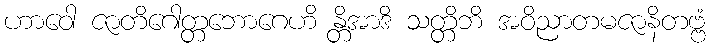
ဟာဝေါ ဇာတိဂေါတ္တဘောဂေဟိ န္တိအာဒိ သတ္တိဘိ အဝိညာတမဇာနိတဗ္ဗံ